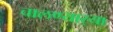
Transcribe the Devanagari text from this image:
चालण्यार्‍या